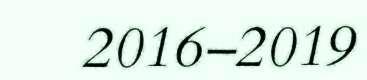
2016–2019